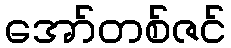
အော်တစ်ဇင်